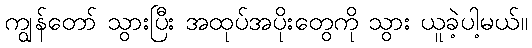
ကျွန်တော် သွားပြီး အထုပ်အပိုးတွေကို သွား ယူခဲ့ပါ့မယ်။